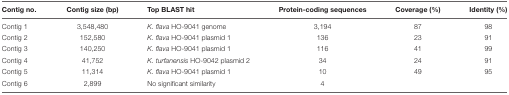
| Contig no. | Contig size (bp) | Top BLAST hit | Protein-coding sequences | Coverage (%) | Identity (%) |
 | --- | --- | --- | --- | --- | --- |
 | Contig 1 | 3,548,480 | K. flava HO-9041 genome | 3,194 | 87 | 98 |
 | Contig 2 | 152,580 | K. flava HO-9041 plasmid 1 | 136 | 23 | 91 |
 | Contig 3 | 140,250 | K. flava HO-9041 plasmid 1 | 116 | 41 | 99 |
 | Contig 4 | 41,752 | K. turfanensis HO-9042 plasmid 2 | 34 | 24 | 91 |
 | Contig 5 | 11,314 | K. flava HO-9041 plasmid 1 | 10 | 49 | 95 |
 | Contig 6 | 2,899 | No significant similarity | 4 |  |  |